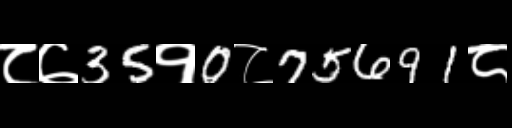
Text: ८७35१0८75691८